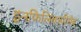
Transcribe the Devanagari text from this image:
इनफिलिक्सीमैब